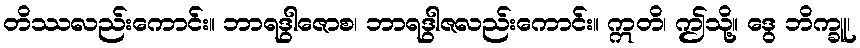
တိဿလည်းကောင်း။ ဘာရဒွါဇောစ၊ ဘာရဒွါဇလည်းကောင်း။ ဣတိ၊ ဤသို့။ ဒွေ ဘိက္ခူ၊